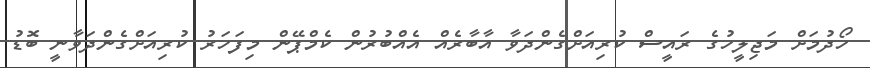
ހޯދުމަށް މަޖިލީހުގެ ރައީސް ކުރިއަށްގެންދަވާ އާބާރެއް އެއްބުރުން ކެމްޕޭން މިފަހަރު ކުރިއަށްގެންދަވާނީ ބޮޑު